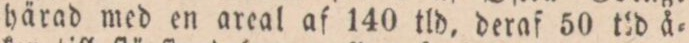
härad med en areal af 140 tld, deraf 50 tid å=